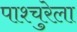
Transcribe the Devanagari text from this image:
पाश्चुरेला